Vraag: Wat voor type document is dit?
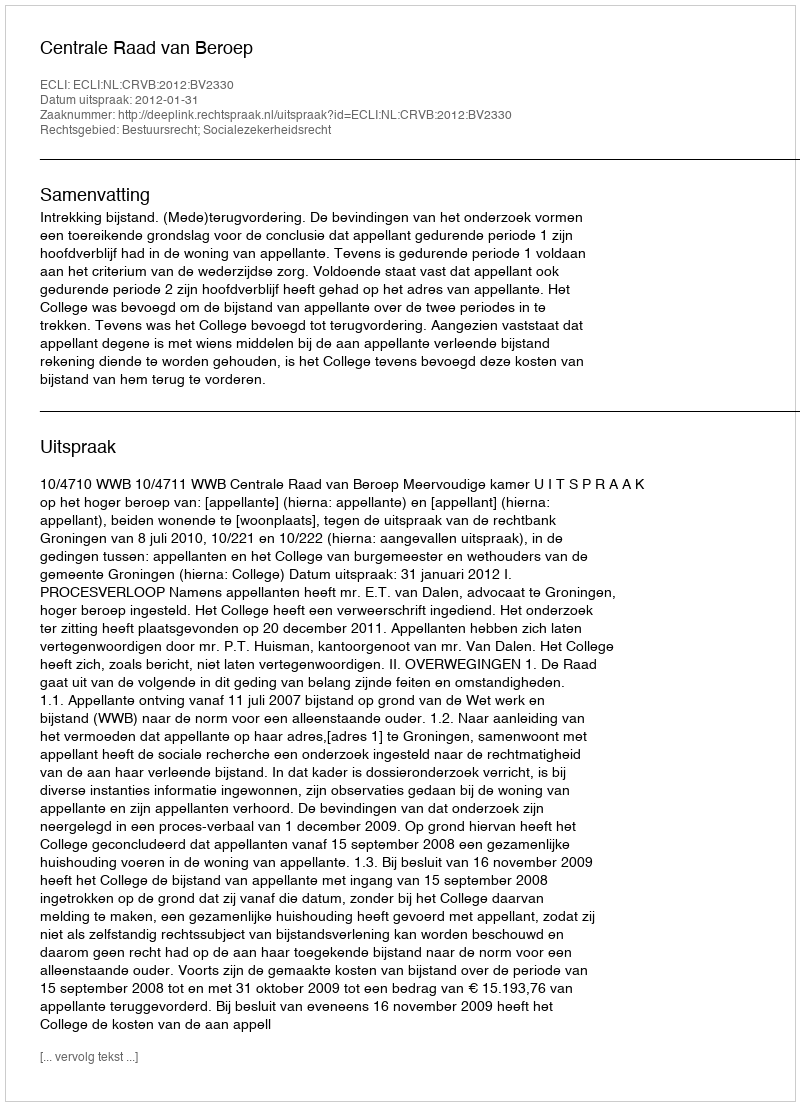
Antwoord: Uitspraak